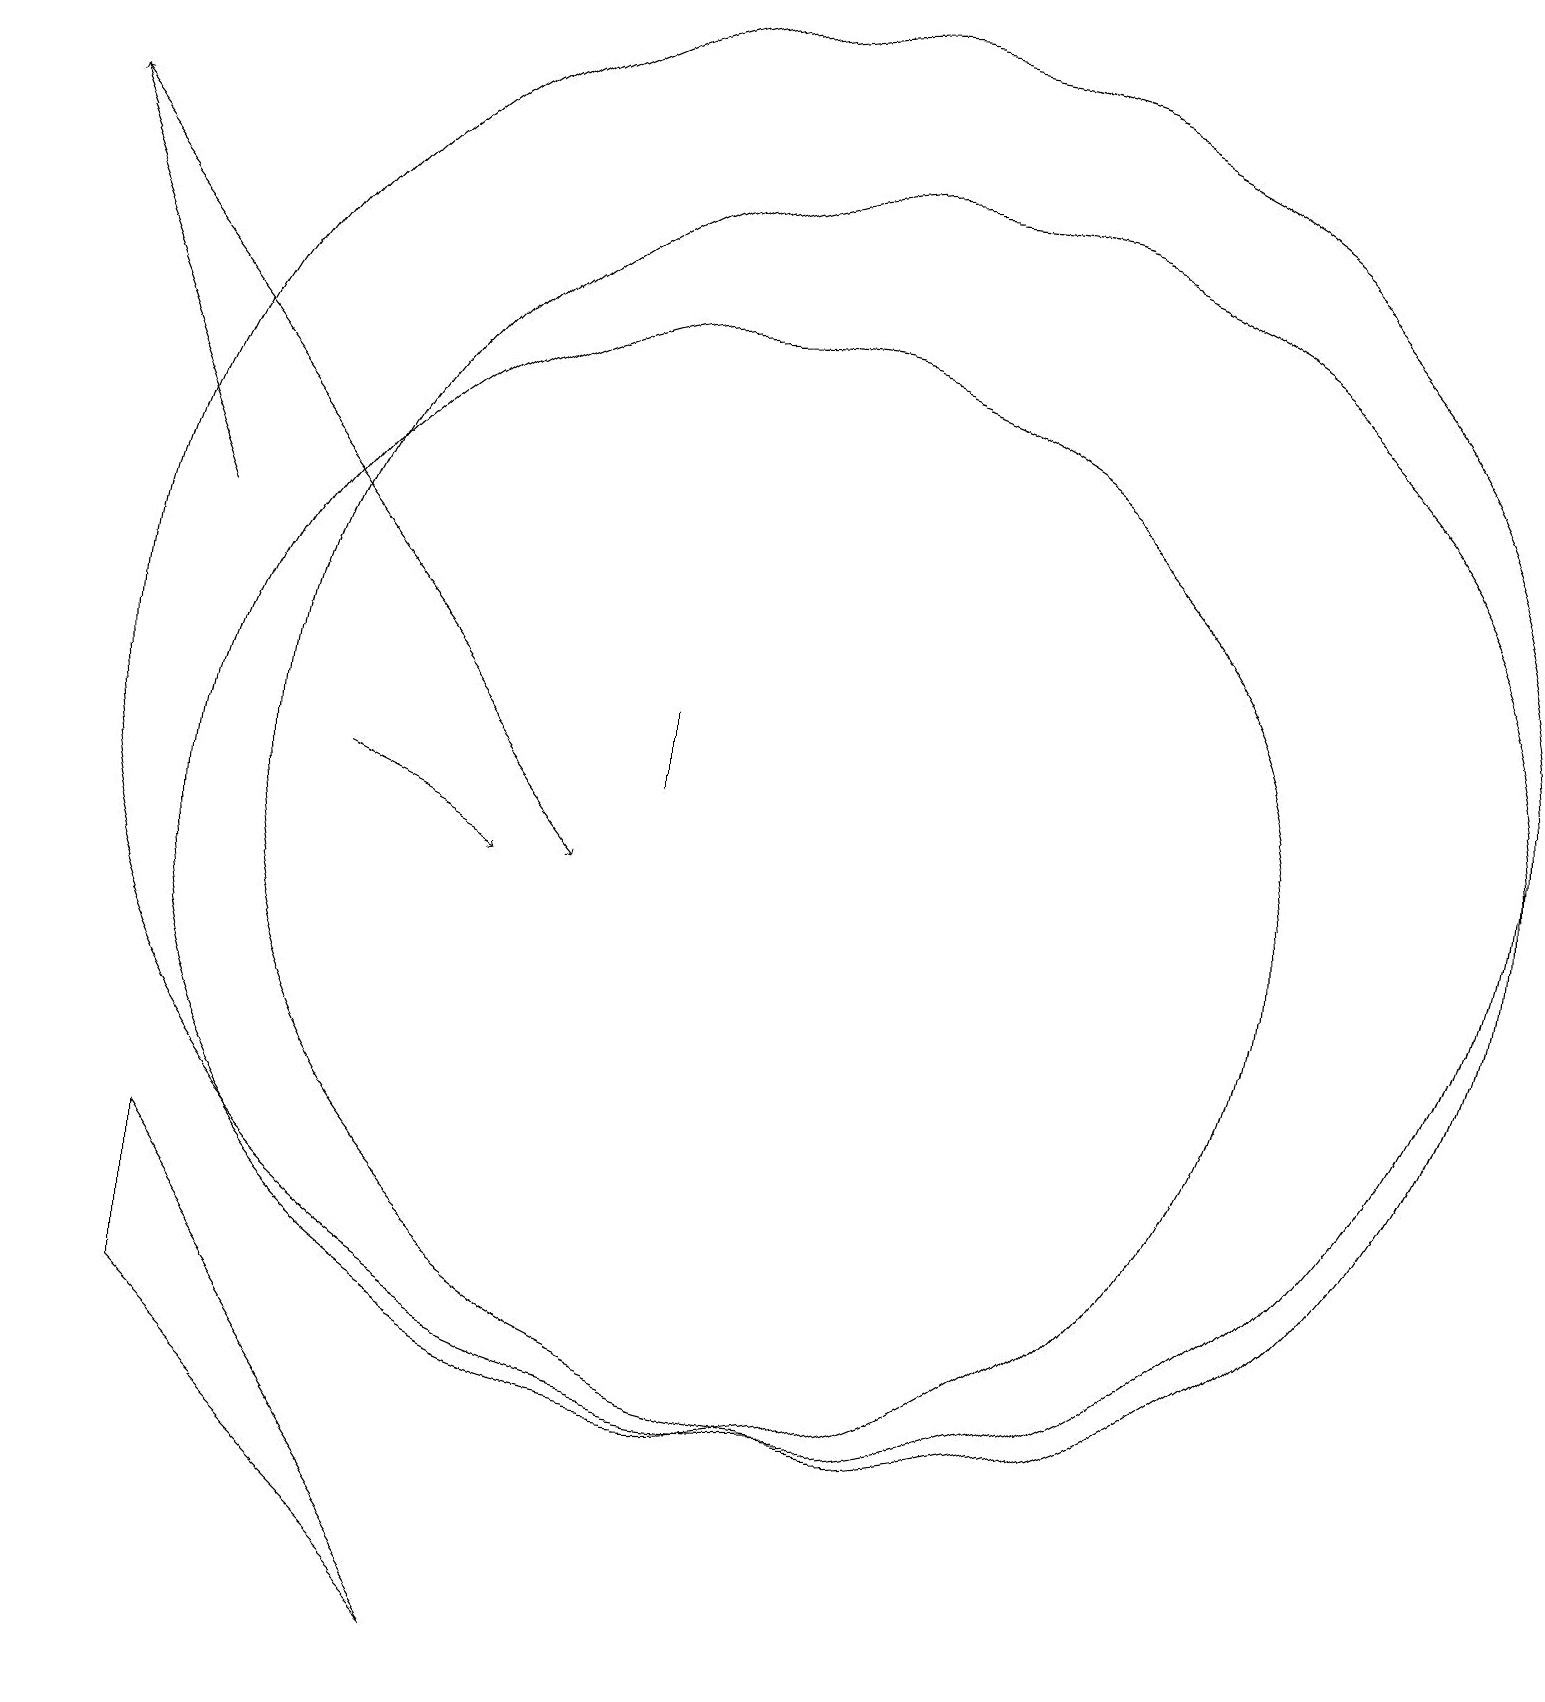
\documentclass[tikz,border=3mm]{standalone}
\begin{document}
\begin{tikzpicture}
\draw (11,12) circle (9);
\draw (10,10) circle (7);
\draw[->] (3,14) -- (1,19);
\draw (12,11) circle (8);
\draw[->] (1,19) -- (8,10);
\draw (9,11) rectangle (9,12);
\draw[->] (5,11) -- (7,10);
\draw (7,0) -- (3,4) -- (3,6) -- cycle;
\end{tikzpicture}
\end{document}